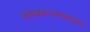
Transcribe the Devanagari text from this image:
सामान्यतावाद